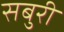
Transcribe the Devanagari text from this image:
सबुरी